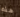
هذه